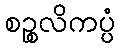
စဉ္စလိကပ္ပံ